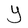
Character: Y